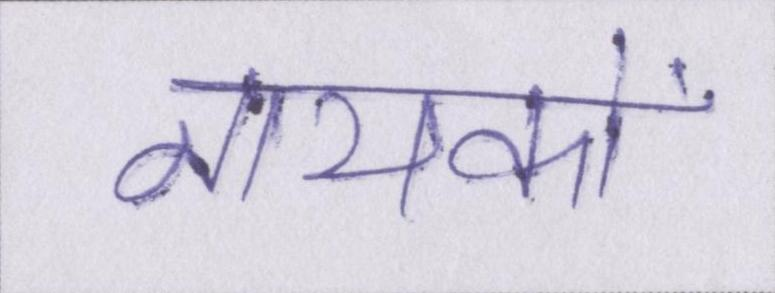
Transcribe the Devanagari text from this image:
नायकों